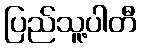
ပြည်သူ့ပါတီ